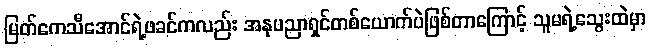
မြတ်ကေသီအောင်ရဲ့ဖခင်ကလည်း အနုပညာရှင်တစ်ယောက်ပဲဖြစ်တာကြောင့် သူမရဲ့သွေးထဲမှာ